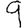
Digit: 9